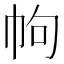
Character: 𢂁